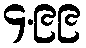
၄.၉၉